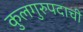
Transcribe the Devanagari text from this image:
कुलगुरुपदाची